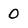
Character: 0